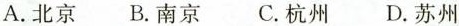
A.北京 B.南京 C.杭州 D.苏州